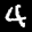
Label: 4